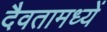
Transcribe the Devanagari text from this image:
दैवतामध्यें